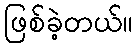
ဖြစ်ခဲ့တယ်။